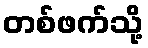
တစ်ဖက်သို့